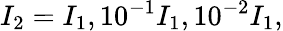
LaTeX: I_{2}=I_{1},10^{-1}I_{1},10^{-2}I_{1},